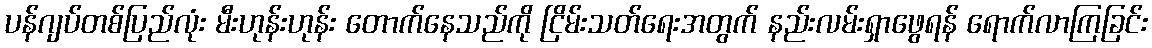
ပန်ဂျပ်တစ်ပြည်လုံး မီးဟုန်းဟုန်း တောက်နေသည်ကို ငြိမ်းသတ်ရေးအတွက် နည်းလမ်းရှာဖွေရန် ရောက်လာကြခြင်း